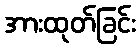
အားထုတ်ခြင်း